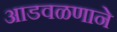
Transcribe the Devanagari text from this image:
आडवळणाने